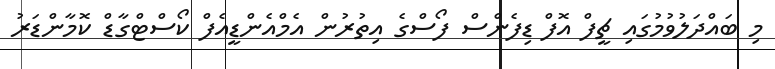
މި ބައްދަލުވުމުގައި ޗީފް އޮފް ޑިފެންސް ފޯސްގެ އިތުރުން އެމްއެންޑީއެފް ކޯސްޓްގާޑް ކޮމާންޑަރު